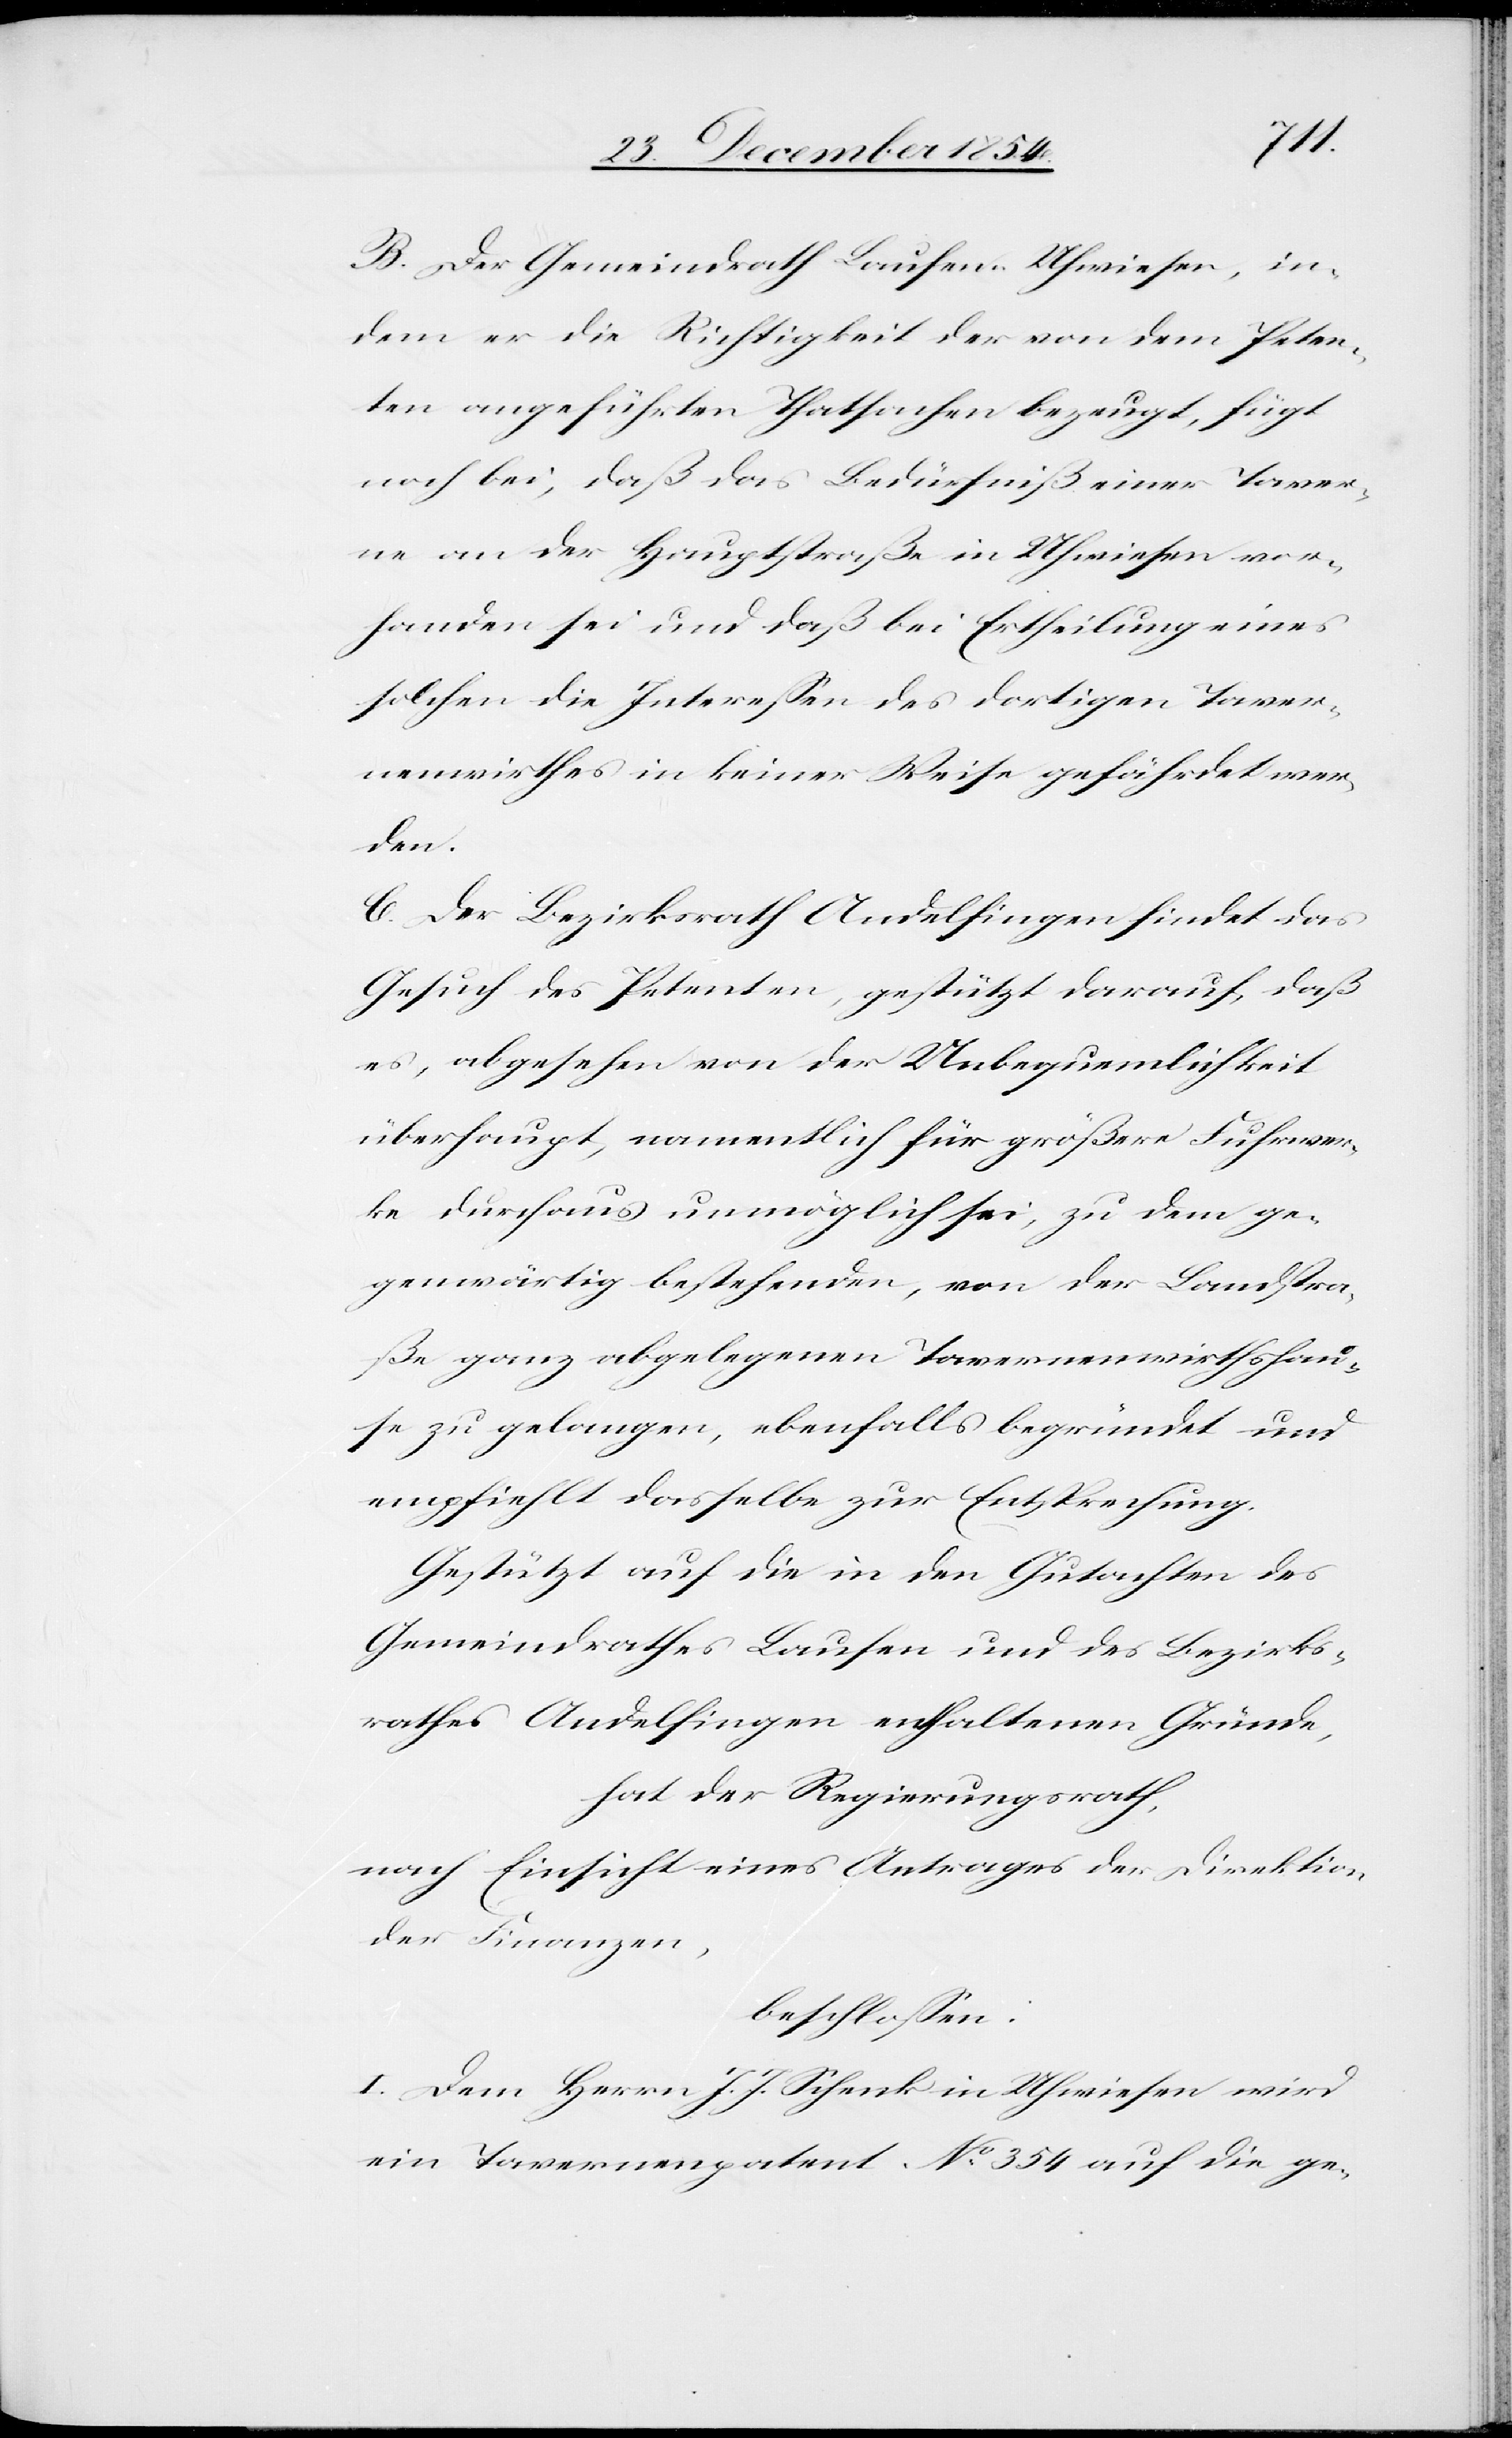
B. Der Gemeindrath Laufen Uhwiesen, in¬
dem er die Richtigkeit der von dem Peten¬
ten angeführten Thatsachen bezeugt, fügt
noch bei, daß das Bedürfniß einer Taver¬
ne an der Hauptstraße in Uhwiesen vor¬
handen sei und daß bei Ertheilung eines
solchen die Intereßen des dortigen Taver¬
nenwirthes in keiner Weise gefährdet wer¬
den.
C. Der Bezirksrath Andelfingen findet das
Gesuch des Petenten, gestützt darauf, daß
es, abgesehen von der Unbequemlichkeit
überhaupt, namentlich für größere Fuhrwer¬
ke durchaus unmöglich sei, zu dem ge¬
genwärtig bestehenden, von der Landstra¬
ße ganz abgelegenen Tavernenwirthshau¬
se zu gelangen, ebenfalls begründet und
empfiehlt dasselbe zur Entsprechung.
Gestützt auf die in den Gutachten des
Gemeindrathes Laufen und des Bezirks¬
rathes Andelfingen enthaltenen Gründe,
hat der Regierungsrath
nach Einsicht eines Antrages der Direktion
der Finanzen,
beschloßen:
I. Dem Herrn J. J. Schenk in Uhwiesen wird
ein Tavernenpatent No 354 auf die ge-